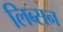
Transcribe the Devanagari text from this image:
लिब्सन